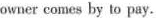
owner comes by to pay